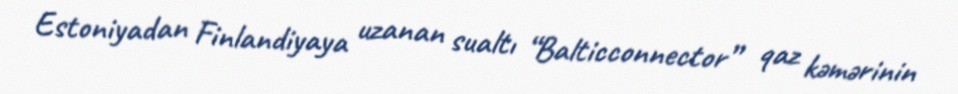
Estoniyadan Finlandiyaya uzanan sualtı “Balticconnector” qaz kəmərinin